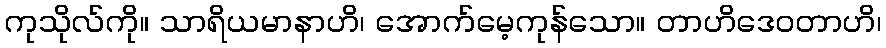
ကုသိုလ်ကို။ သာရိယမာနာဟိ၊ အောက်မေ့ကုန်သော။ တာဟိဒေဝတာဟိ၊